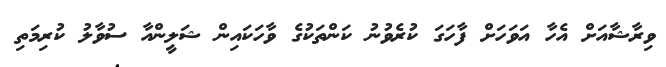
ވިރާޝާއަށް އެހާ އަވަހަށް ފާހަގަ ކުރެވުނު ކަންތަކުގެ ވާހަކައިން ޝަލީންއާ ސުވާލު ކުރިމަތި